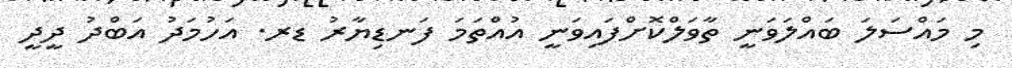
މި މައްސަލަ ބައްލަވަނީ ތާވަލްކޮށްފައިވަނީ އުއްތަމަ ފަނޑިޔާރު ޑރ. އަހުމަދު އަބްދު ދީދީ